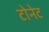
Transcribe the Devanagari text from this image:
टोनेट